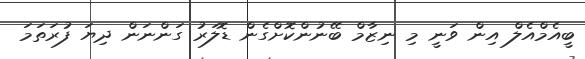
ބީއެމްއެލް އިން ވަނީ މި ނިޒާމް ބޭނުންކޮށްގެން ޑޮލަރު ގަންނަން ދިޔަ ފުރަތަމަ